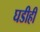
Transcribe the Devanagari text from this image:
घडीही